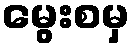
မွေးစမှ